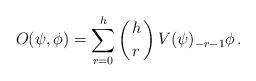
LaTeX: \begin{align*}O(\psi,\phi)=\sum_{r=0}^h\left({h\atop r}\right)V(\psi)_{-r-1}\phi\,.\end{align*}